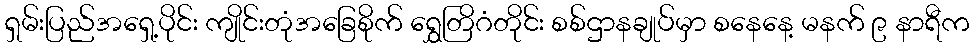
ရှမ်းပြည်အရှေ့ပိုင်း ကျိုင်းတုံအခြေစိုက် ရွှေတြိဂံတိုင်း စစ်ဌာနချုပ်မှာ စနေနေ့ မနက် ၉ နာရီက